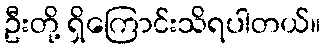
ဦးတို့ ရှိကြောင်းသိရပါတယ်။